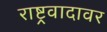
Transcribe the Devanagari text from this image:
राष्ट्रवादावर